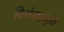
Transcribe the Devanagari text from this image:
विभंगामुळे